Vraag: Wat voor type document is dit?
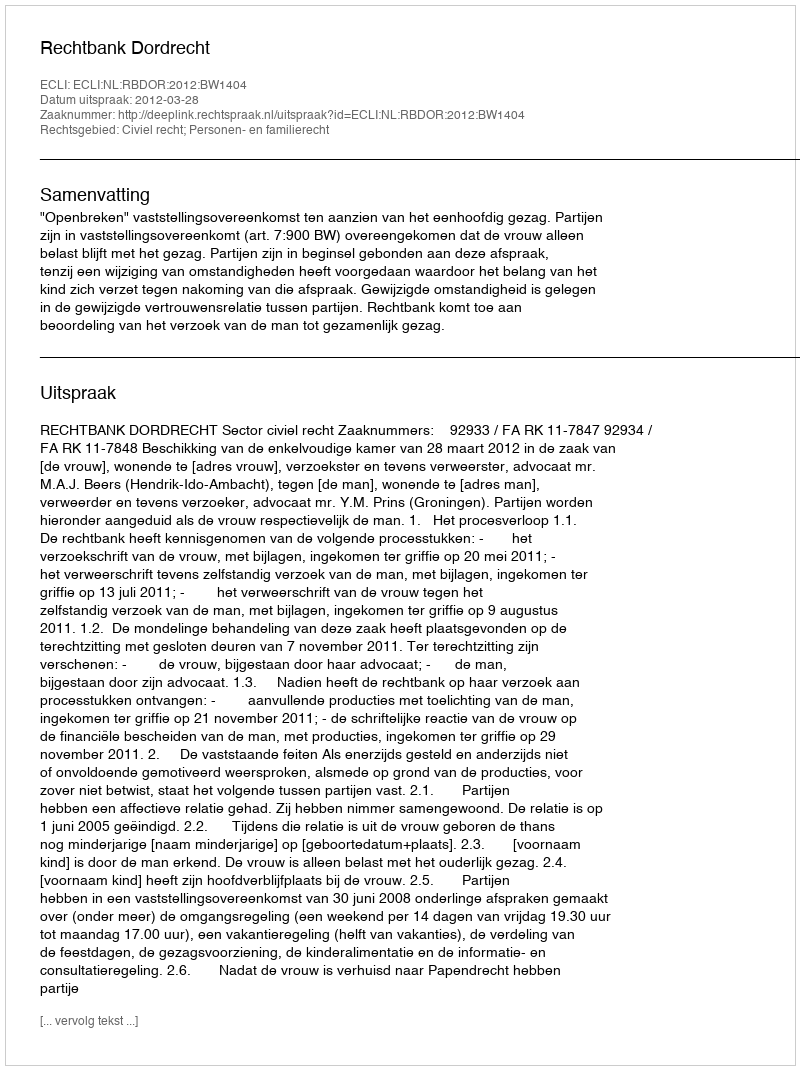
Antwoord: Uitspraak